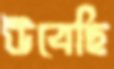
উবেছি